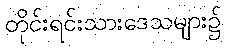
တိုင်းရင်းသားဒေသများ၌